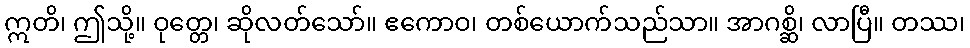
ဣတိ၊ ဤသို့။ ဝုတ္တေ၊ ဆိုလတ်သော်။ ဧကောဝ၊ တစ်ယောက်သည်သာ။ အာဂစ္ဆိ၊ လာပြီ။ တဿ၊